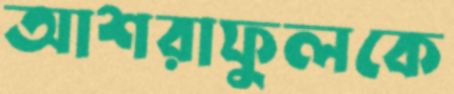
আশরাফুলকে